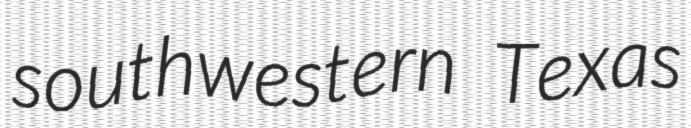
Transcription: southwestern Texas